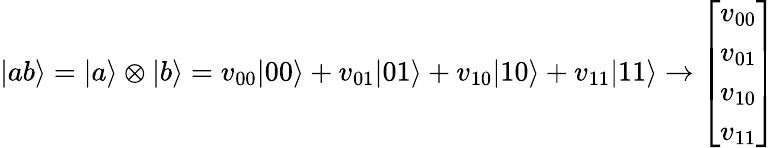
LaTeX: |ab\rangle=|a\rangle\otimes|b\rangle=v_{00}|00\rangle+v_{01}|01\rangle+v_{10}|10\rangle+v_{11}|11\rangle\rightarrow{\left[\begin{array}{l}{v_{00}}\\ {v_{01}}\\ {v_{10}}\\ {v_{11}}\end{array}\right]}